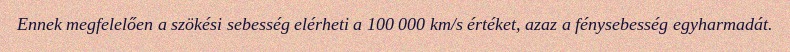
Ennek megfelelően a szökési sebesség elérheti a 100 000 km/s értéket, azaz a fénysebesség egyharmadát.